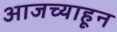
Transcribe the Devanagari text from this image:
आजच्याहून